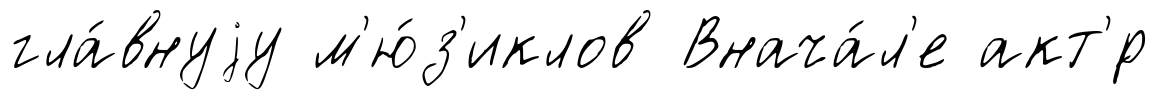
гла́внуjу м'ю́з'иклов Внача́л'е акт'́р